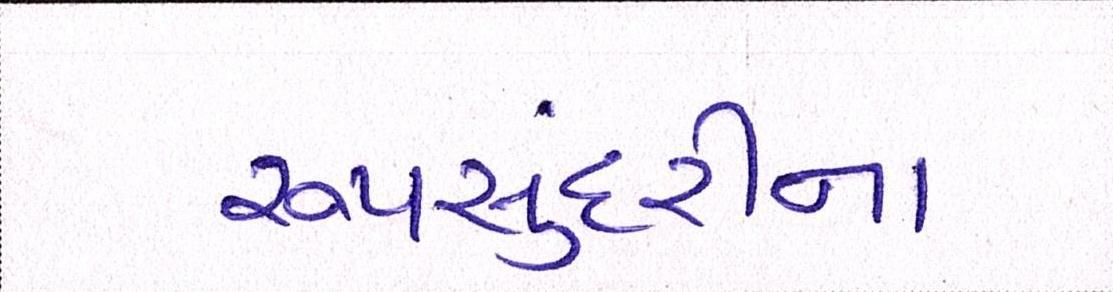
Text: રૂપસુંદરીના